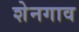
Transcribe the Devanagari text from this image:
शेनगाव